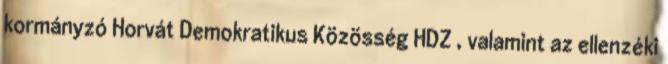
kormányzó Horvát Demokratikus Közösség HDZ , valamint az ellenzéki